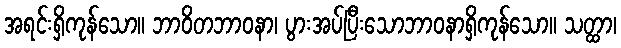
အရင်းရှိကုန်သော။ ဘာဝိတဘာဝနာ၊ ပွားအပ်ပြီးသောဘာဝနာရှိကုန်သော။ သတ္ထာ၊